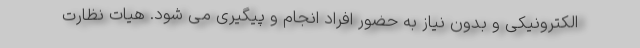
الکترونیکی و بدون نیاز به حضور افراد انجام و پیگیری می شود. هیات نظارت